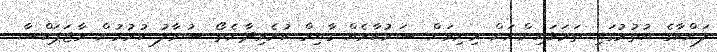
ލަންކާގެ އުތުރުގައި ތަމަޅައިންނަށް މިނިވަން ސަރުކާރެއް ގާއިމް ކުރެވިދާނެތޯ ސުވާލު ކުރުމުން ރާޖަޕަކްސާ